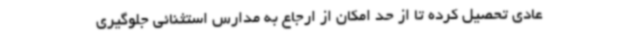
عادی تحصیل کرده تا از حد امکان از ارجاع به مدارس استثنائی جلوگیری